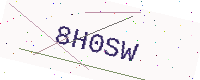
Text: 8H0SW